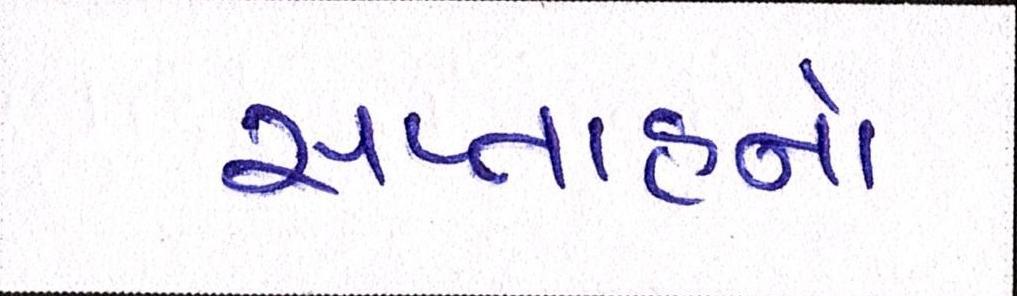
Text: સપ્તાહનો